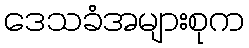
ဒေသခံအများစုက